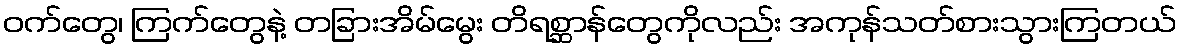
ဝက်တွေ၊ ကြက်တွေနဲ့ တခြားအိမ်မွေး တိရစ္ဆာန်တွေကိုလည်း အကုန်သတ်စားသွားကြတယ်